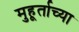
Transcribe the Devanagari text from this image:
मुहूर्ताच्या